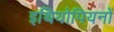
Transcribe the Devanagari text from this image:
इथियोपियनों